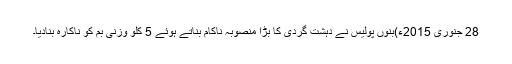
28 جنوری 2015ء)بنوں پولیس نے دہشت گردی کا بڑا منصوبہ ناکام بناتے ہوئے 5 کلو وزنی بم کو ناکارہ بنادیا۔